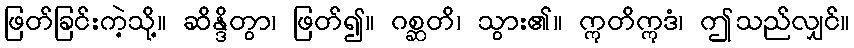
ဖြတ်ခြင်းကဲ့သို့။ ဆိန္ဒိတွာ၊ ဖြတ်၍။ ဂစ္ဆတိ၊ သွား၏။ ဣတိဣဒံ၊ ဤသည်လျှင်။